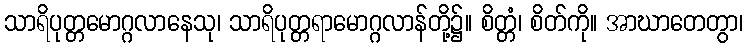
သာရိပုတ္တမောဂ္ဂလာနေသု၊ သာရိပုတ္တရာမောဂ္ဂလာန်တို့၌။ စိတ္တံ၊ စိတ်ကို။ အာဃာတေတွာ၊